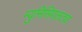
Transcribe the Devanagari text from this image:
म्युनिसिपालट्या